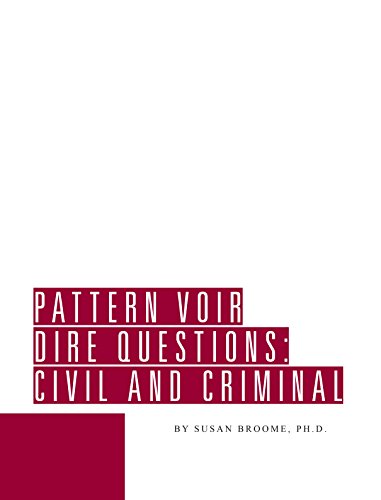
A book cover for Pattern Voir Dire Questions; Susan Broome; Law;